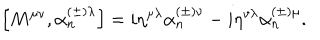
LaTeX: \left[ M ^ { \mu \nu } , \alpha _ { n } ^ { \left( \pm \right) \lambda } \right] = i \eta ^ { \mu \lambda } \alpha _ { n } ^ { \left( \pm \right) \nu } - i \eta ^ { v \lambda } \alpha _ { n } ^ { \left( \pm \right) \mu } .